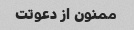
ممنون از دعوتت